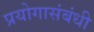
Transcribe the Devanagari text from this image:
प्रयोगासंबंधी